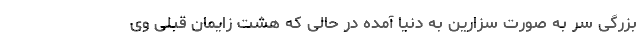
بزرگی سر به صورت سزارین به دنیا آمده در حالی که هشت زایمان قبلی وی